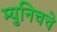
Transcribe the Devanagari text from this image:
म्युनिचचे